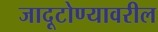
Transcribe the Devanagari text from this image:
जादूटोण्यावरील